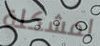
لمشكلة